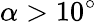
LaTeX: \alpha>10^{\circ}